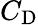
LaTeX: C_{\mathrm{D}}